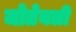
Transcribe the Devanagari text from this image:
जोतेयली